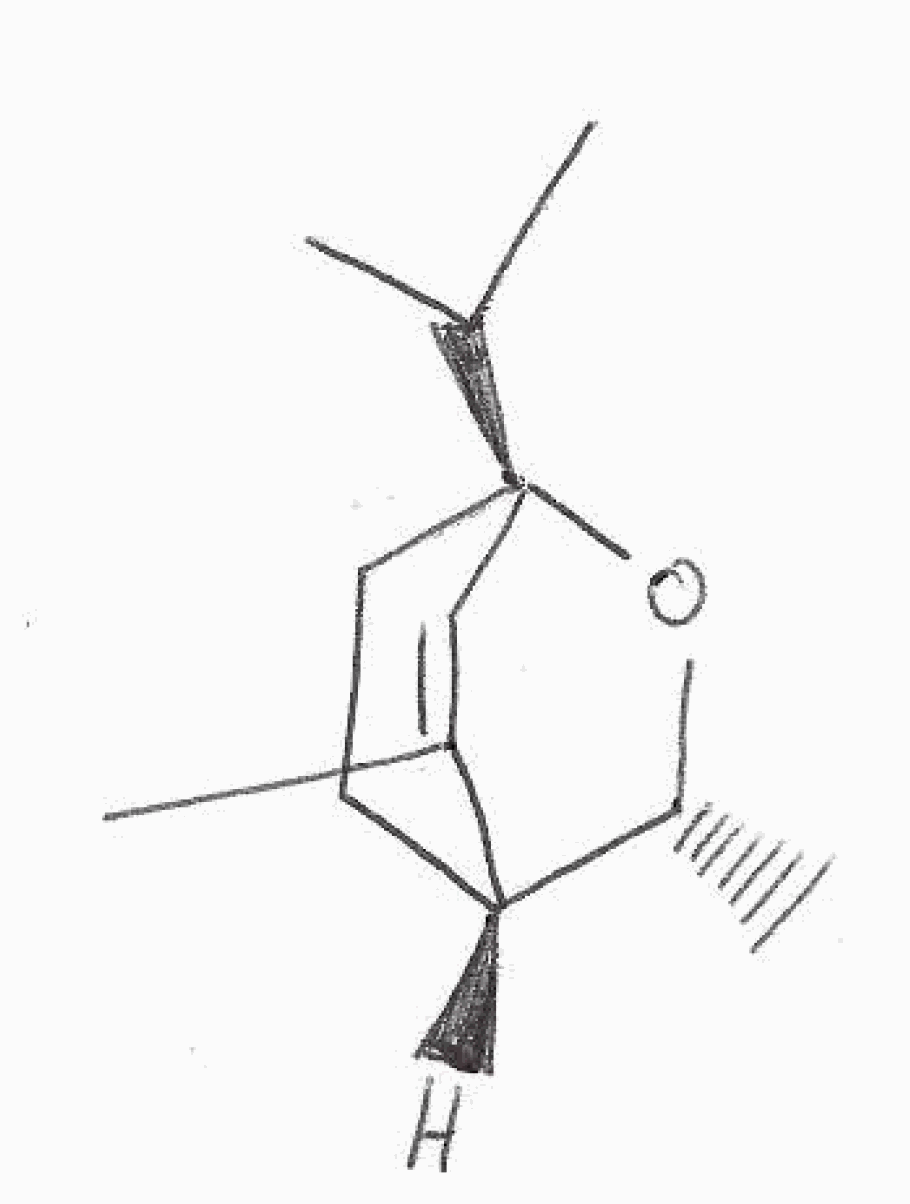
Simplified molecular-input line-entry system (SMILES) notation of the given molecule:
C[C@@H]1[C@@H]2CC[C@](O1)(C=C2C)C(C)C